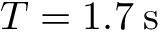
T = 1 . 7 \: \mathrm { s }